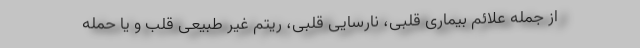
از جمله علائم بیماری قلبی، نارسایی قلبی، ریتم غیر طبیعی قلب و یا حمله